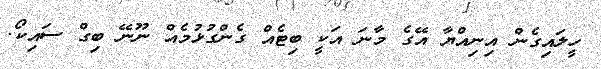
ހީލައިގެން އިނިއްޔާ އޭގެ މާނަ އަކީ ބިޓެއް ގެންގުޅުމެއް ނޫނޭ ބިގް ސައިކޯ.